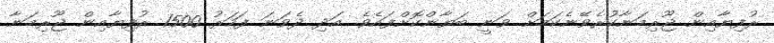
ރުފިޔާއިން ޖޫރިމަނާކުރެވޭނެކަމަށް ވަނީ ބަޔާންކޮށްފައެވެ. އަދި ދެވަނަ ފަހަރު 1500 ރުފިޔާއިން ޖޫރިމަނާ